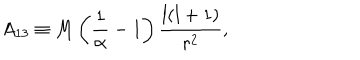
LaTeX: A _ { 1 3 } \equiv M \left( { \frac { 1 } { \alpha } } - 1 \right) { \frac { l ( l + 1 ) } { r ^ { 2 } } } ,